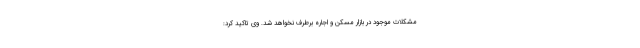
مشکلات موجود در بازار مسکن و اجاره برطرف نخواهد شد. وی تاکید کرد: